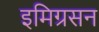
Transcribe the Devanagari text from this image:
इमिग्रसन